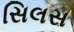
સિલસ